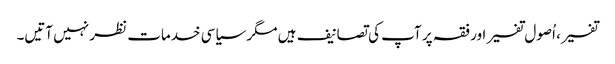
تفسیر، اُصول تفسیر اور فقہ پر آپ کی تصانیف ہیں مگر سیاسی خدمات نظر نہیں آتیں۔